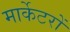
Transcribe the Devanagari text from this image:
मार्केटरों